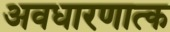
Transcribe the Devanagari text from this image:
अवधारणात्क